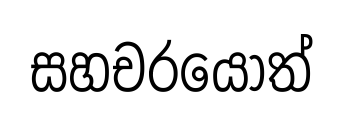
සහචරයෝත්